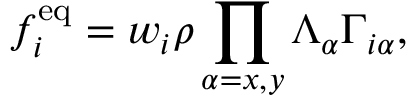
f _ { i } ^ { \mathrm { e q } } = w _ { i } \rho \prod _ { \alpha = x , y } \Lambda _ { \alpha } \Gamma _ { i \alpha } ,